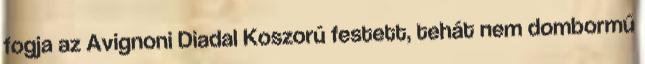
fogja az Avignoni Diadal Koszorú festett, tehát nem dombormű